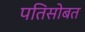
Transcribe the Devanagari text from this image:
पतिसोबत